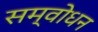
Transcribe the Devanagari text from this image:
सम्वोधन